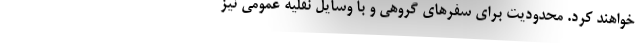
خواهند کرد. محدودیت برای سفرهای گروهی و با وسایل نقلیه عمومی نیز